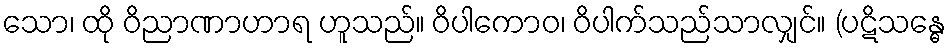
သော၊ ထို ဝိညာဏာဟာရ ဟူသည်။ ဝိပါကောဝ၊ ဝိပါက်သည်သာလျှင်။ (ပဋိသန္ဓေ